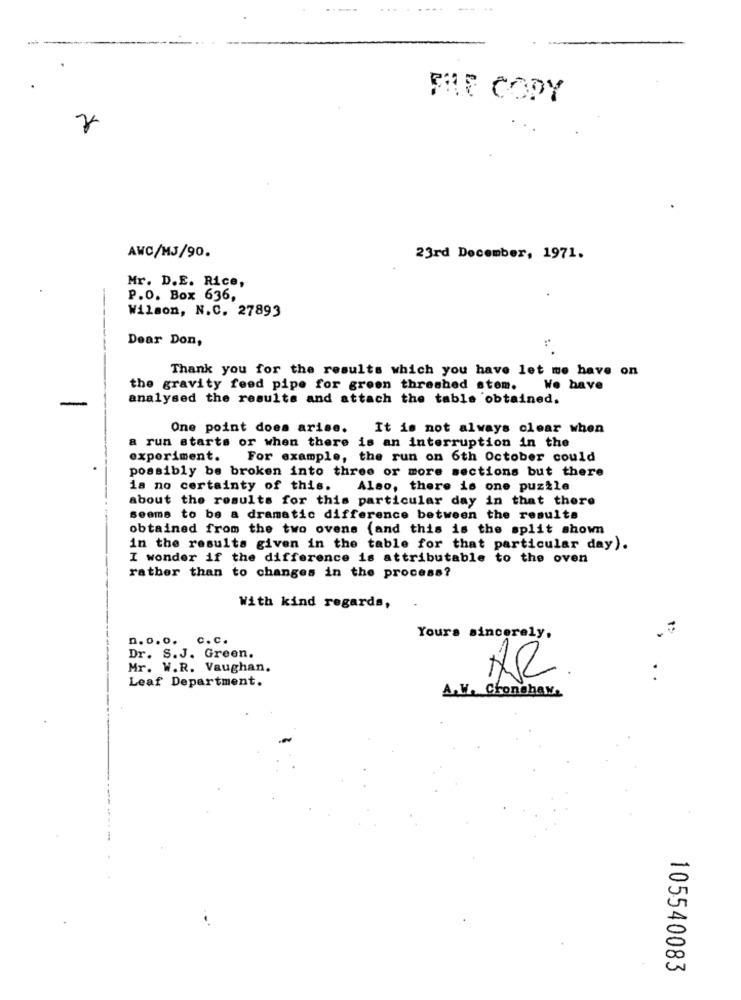
........
-
FILE COPY
AWC/MJ/90.
23rd December, 1971.
Mr. D.E. Rice,
P.O. Box 636,
Wilson, N.C. 27893
Dear Don,
Thank you for the results which you have let me have on
the gravity feed pipe for green threshed stom. We have
analysed the results and attach the table obtained.
One point does arise.
It is not always clear when
a run starts or when there is an interruption in the
experiment.
For example, the run on 6th October could
possibly be broken into three or more sections but there
is no certainty of this. Also, there is one puzzle
about the results for this particular day in that there
seems to be a dramatic difference between the results
obtained from the two ovens (and this is the split shown
in the results given in the table for that particular day).
I wonder if the difference is attributable to the oven
rather than to changes in the process?
With kind regards,
n. o.o. c.c.
Yours sincerely,
Dr. S.J. Green.
Mr. W.R. Vaughan.
Leaf Department.
AR
..
A.V. Cronshaw.
105540083